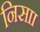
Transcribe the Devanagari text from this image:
निसाा